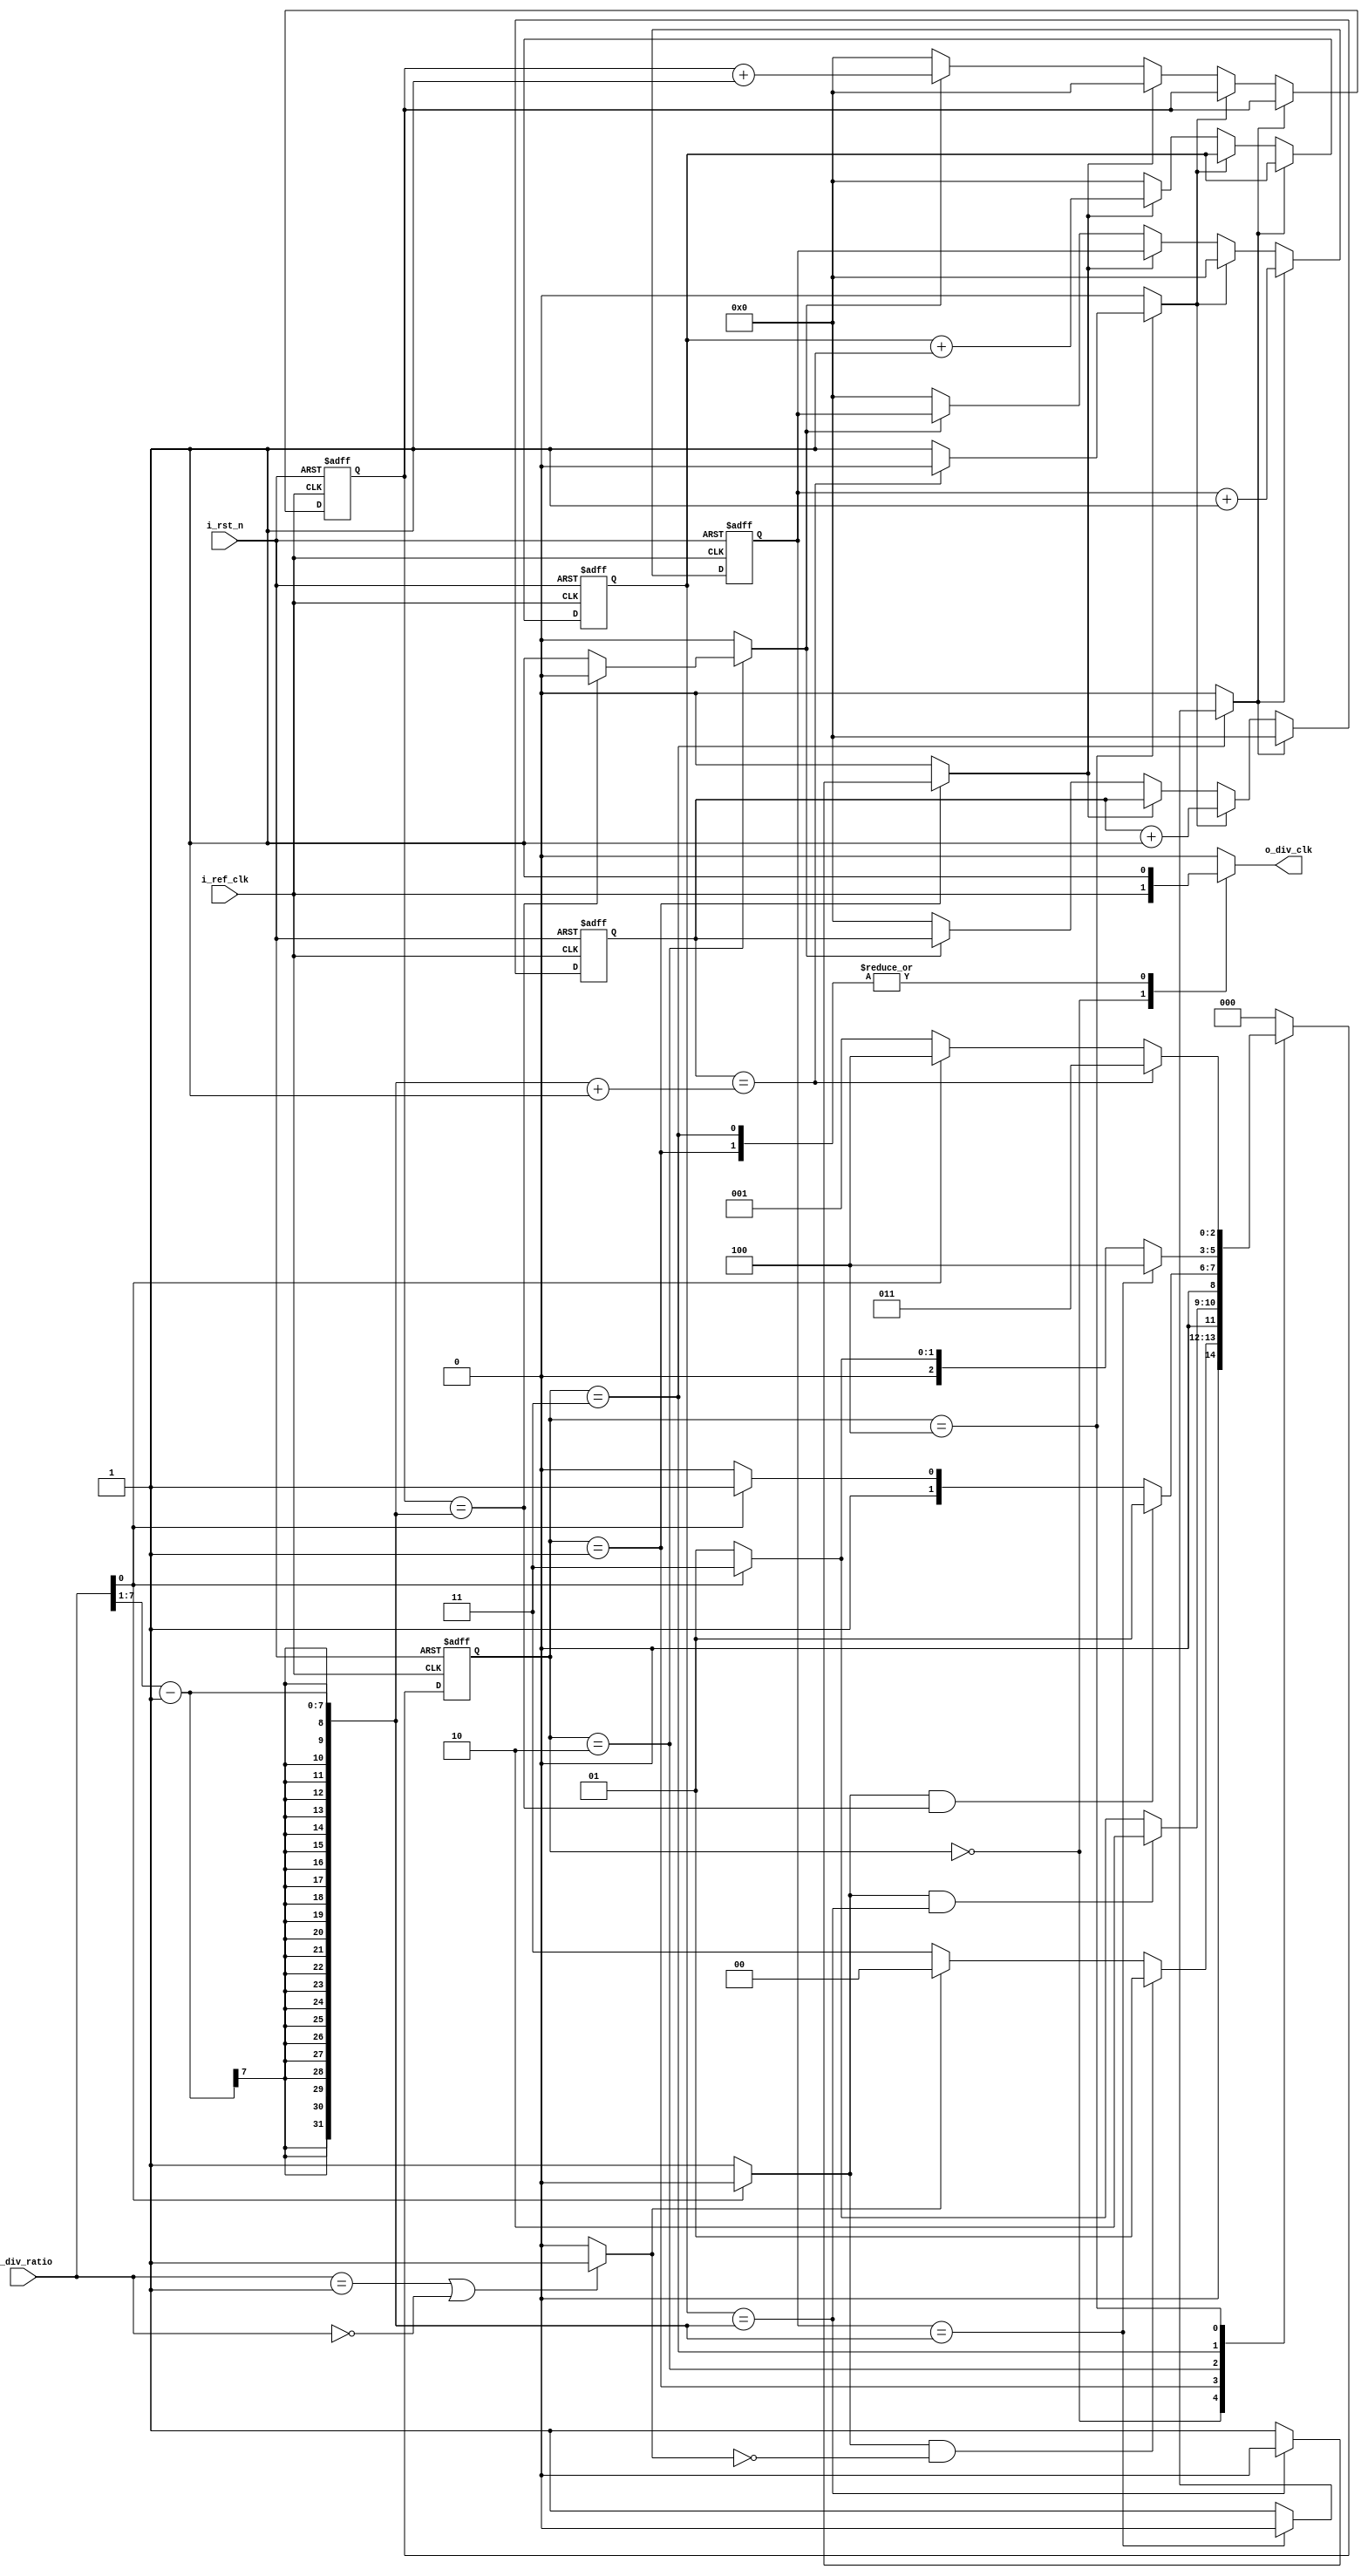
module ClkDiv__ #(parameter NUMBER_OF_CLOCKS = 'd10)
(
input 	       i_ref_clk   ,
input 	       i_rst_n     ,
input 	[7:0] i_div_ratio ,

output  reg       o_div_clk
);

reg [NUMBER_OF_CLOCKS-1 : 0] Counter  ;
reg [NUMBER_OF_CLOCKS-1 : 0] Counter_1;
reg [NUMBER_OF_CLOCKS-1 : 0] Counter_2;
reg [NUMBER_OF_CLOCKS-1 : 0] Counter_3;
reg [NUMBER_OF_CLOCKS-1 : 0] Counter_4;

wire [31:0] half_high ;
wire [31:0] half_low  ;
wire [31:0] even_ratio;
wire        even_type ;


reg flag_1;
reg flag_2;
reg flag_3;
reg flag_4;


parameter IDLE      = 3'b000;
parameter EVEN_HIGH = 3'b001;
parameter EVEN_LOW  = 3'b010;
parameter ODD_HIGH  = 3'b011;
parameter ODD_LOW   = 3'b100;


reg [2:0] current_state;
reg [2:0] next_state;


assign zero_or_one =   (i_div_ratio == 1|| !i_div_ratio) ? 1'b1 : 1'b0 ;
assign even_type   =   (!i_div_ratio[0])? 1'b1 : 1'b0    ;
assign even_ratio  =   (i_div_ratio >> 1)  - 1           ;
assign half_high   =   (i_div_ratio >> 1)  - 1           ;
assign half_low    =    half_high + 1                    ;



always @(posedge i_ref_clk or negedge i_rst_n) begin : proc_
        if(~i_rst_n) begin
              Counter_1   <= 0;
              Counter_2   <= 0;
              Counter_3   <= 0;
              Counter_4   <= 0;
        end 

        else if(flag_1) begin
                Counter_2 <= 0;
                Counter_1 <= Counter_1 + 1 ;
        end

        else if(flag_2) begin
                Counter_1 <= 0;
                Counter_2 <= Counter_2 + 1 ;
        end

        else if(flag_3) begin
                Counter_4 <= 0;
                Counter_3 <= Counter_3 + 1 ;
        end

        else if(flag_4) begin
                Counter_3 <= 0;
                Counter_4 <= Counter_4 + 1 ;
        end

        else begin
               Counter_1 <= 0 ;
               Counter_2 <= 0 ;
               Counter_3 <= 0 ;     
               Counter_4 <= 0 ;
        end
end







always @(posedge i_ref_clk or negedge i_rst_n) begin
	if (!i_rst_n) begin
	   current_state <= IDLE;	
	end

	else begin
	   current_state <= next_state;	
	end
end

 
always @(*) begin

case(current_state)

 IDLE: begin 
         if(even_type && !zero_or_one)    next_state = EVEN_HIGH;
         else if(!zero_or_one)            next_state = ODD_HIGH;
         else                             next_state = IDLE;
       end


EVEN_HIGH: begin 
         if(even_type && Counter_3 == even_ratio) next_state = EVEN_LOW;
         else if(even_type)         next_state = EVEN_HIGH;
         else next_state = ODD_HIGH;
       end


EVEN_LOW: begin 
         if(even_type && Counter_4 == even_ratio) next_state = EVEN_HIGH;
         else if(even_type)         next_state = EVEN_LOW;
         else next_state = ODD_HIGH;
       end      


ODD_HIGH: begin 
          if(Counter_1 == half_high) next_state = ODD_LOW;
          else if (even_type)        next_state = EVEN_HIGH;
          else                       next_state = ODD_HIGH;
          end


ODD_LOW: begin 
         if(Counter_2 == half_low) next_state = ODD_HIGH;
         else if (even_type)       next_state = EVEN_HIGH;
         else                      next_state = ODD_LOW;
        end


default : next_state = IDLE ;

endcase
end





always @(*)
begin
	
flag_1     = 0;
flag_2     = 0;
flag_3     = 0;
flag_4     = 0;

case(current_state)

 IDLE: begin 
        flag_1     = 0;
        flag_2     = 0;
        flag_3     = 0;
        flag_4     = 0;
        o_div_clk  = i_ref_clk; 
       end

EVEN_HIGH: begin 
          //Counter_4 = 0;
          o_div_clk = 1;
          flag_3 = 1;
          if(Counter_3 == even_ratio) flag_3 = 0;
          
       end


EVEN_LOW: begin 
          //Counter_3 = 0;
          o_div_clk = 0; 
          flag_4 = 1;  
          if(Counter_4 == even_ratio) flag_4 = 0;
         end


ODD_HIGH: begin 
          //Counter_2 = 0;
          o_div_clk = 1;
          flag_1 = 1;  
          if(Counter_1== half_high) flag_1 = 0;
          end


ODD_LOW: begin 
          //Counter_1 = 0;
          o_div_clk = 0;
          flag_2 = 1;  
          if(Counter_2 == half_low) flag_2 = 0;
         end


default: begin

        o_div_clk  = 0;  
        flag_1     = 0;
        flag_2     = 0;
        flag_3     = 0;
        flag_4     = 0;

        end


endcase
end


endmodule





///////////////////////////////////////////////////////////////////////////
////////////////////////////TESTBENCH /////////////////////////////////////
///////////////////////////////////////////////////////////////////////////



// module Clk_Div_tb;

// parameter PERIOD_CLOCK = 100;  

// reg            i_ref_clk_tb   ;
// reg            i_rst_n_tb     ;
// reg            i_clk_en_tb    ;
// reg     [31:0] i_div_ratio_tb ;

// wire           o_div_clk_tb   ;


// ClkDiv__ dut(
// .i_ref_clk   (i_ref_clk_tb),
// .i_rst_n     (i_rst_n_tb),
// .i_div_ratio (i_div_ratio_tb),
// .o_div_clk   (o_div_clk_tb)
// );
 

// initial begin
// i_ref_clk_tb = 0;
// forever #(PERIOD_CLOCK/2) i_ref_clk_tb= ~i_ref_clk_tb;  
// end


// initial
// begin
//     i_clk_en_tb = 0;
//     i_div_ratio_tb = 0;
//     i_rst_n_tb = 0;
//     @(negedge i_ref_clk_tb);
//     i_rst_n_tb = 1;
    
//     #(PERIOD_CLOCK);
    
//     i_div_ratio_tb = 7;              // Try Different Divisors   
//     i_clk_en_tb = 1;
//     repeat(40) @(posedge i_ref_clk_tb);


//    $stop;
// end

// endmodule